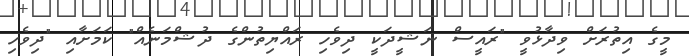
މީގެ އިތުރަށް ވިދާޅުވީ "ރައީސް ނަޝީދަކީ ދިވެހި ރައްޔިތުންގެ ދުޝްމަނެއް" ކަމަށާއި "ދިވެހި